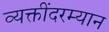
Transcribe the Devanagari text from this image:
व्यक्तींदरम्यान